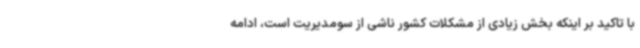
با تاکید بر اینکه بخش زیادی از مشکلات کشور ناشی از سومدیریت است، ادامه